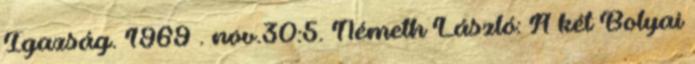
Igazság. 1969 . nov.30:5. Németh László: A két Bolyai